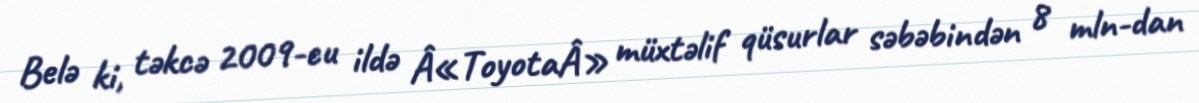
Belə ki, təkcə 2009-cu ildə Â«ToyotaÂ» müxtəlif qüsurlar səbəbindən 8 mln-dan